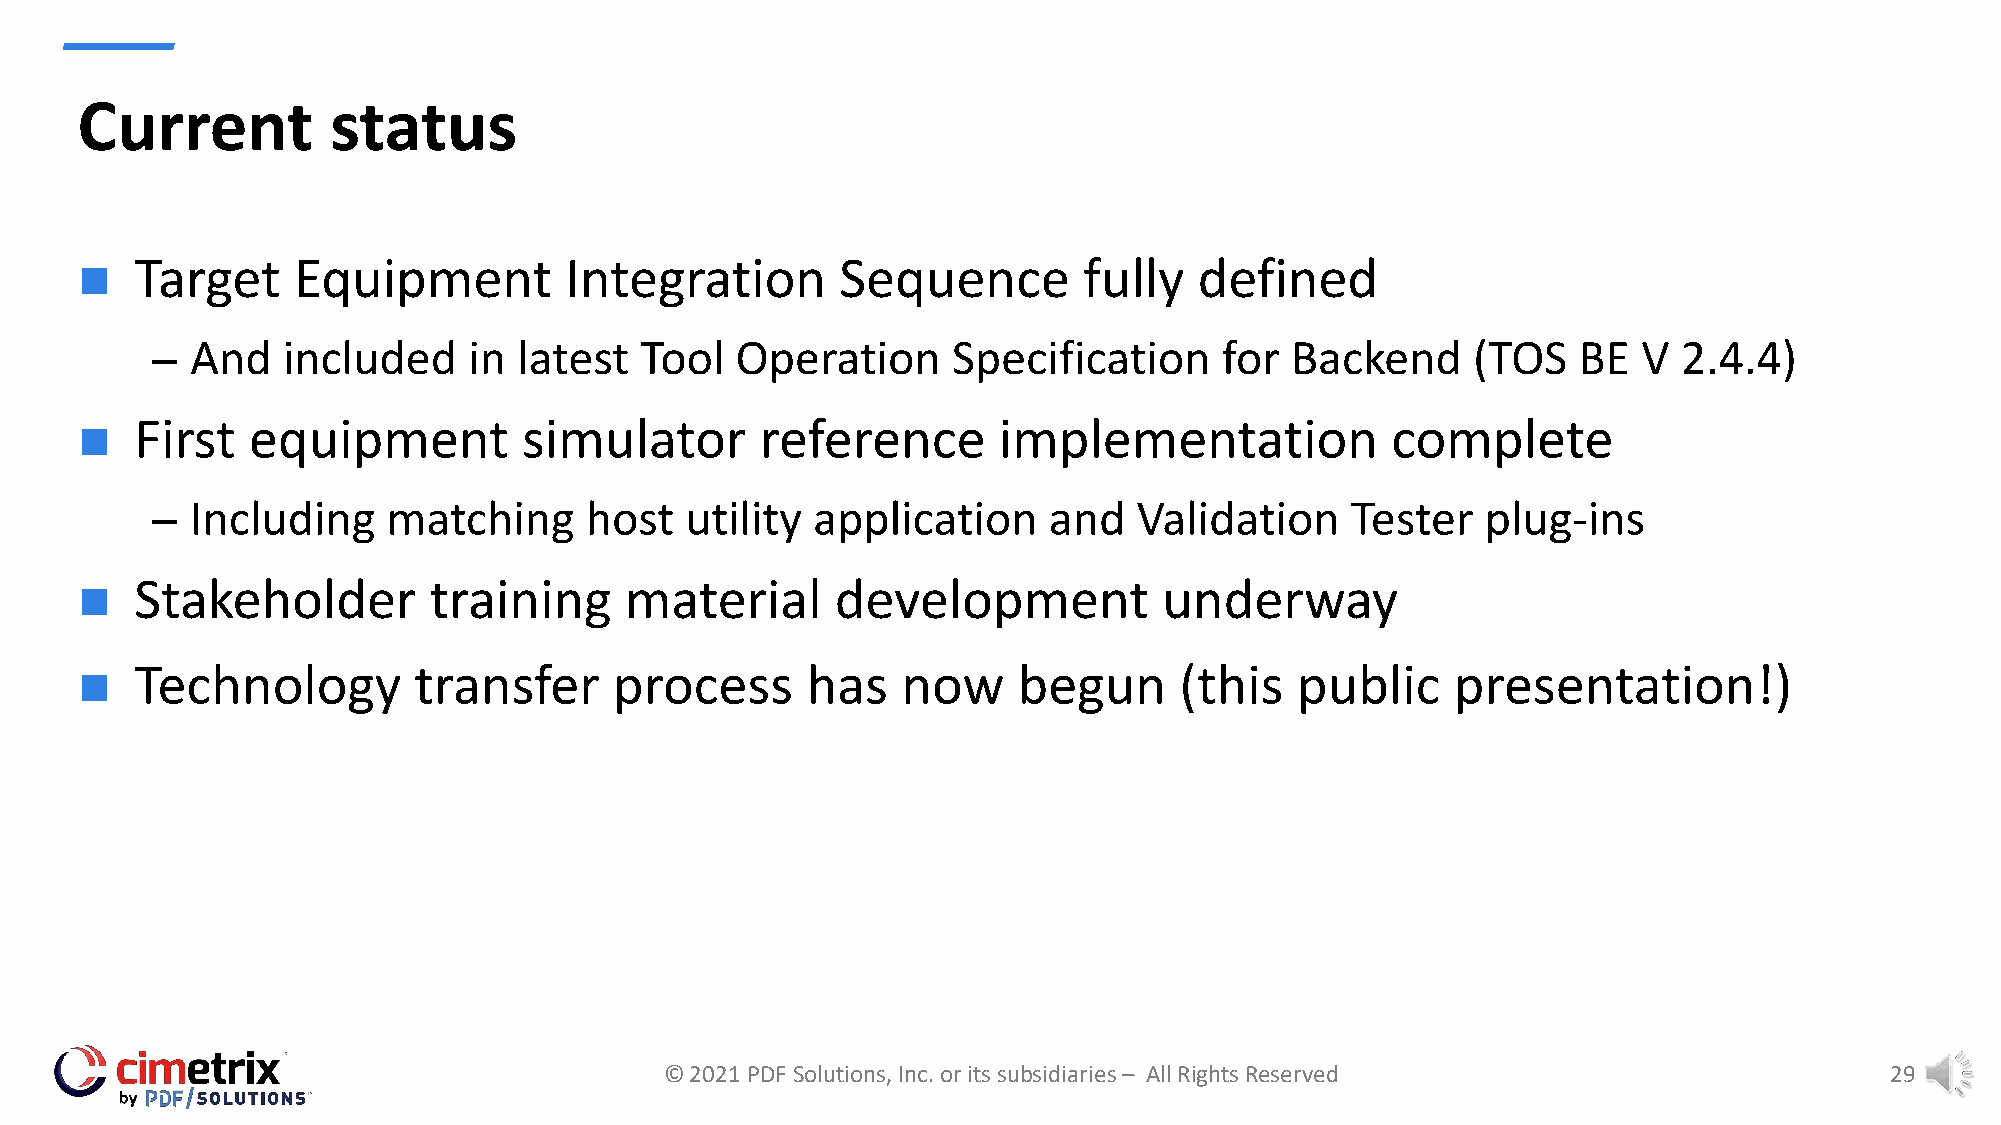
Current          status
 Target    Equipment         Integration        Sequence        fully  defined
 n
 –  And   included    in latest  Tool   Operation     Specification     for Backend     (TOS   BE   V 2.4.4)
 First  equipment          simulator      reference       implementation            complete
 n
 –  Including    matching     host  utility  application    and   Validation    Tester   plug-ins
 Stakeholder        training     material      development           underway
 n
 Technology        transfer      process     has    now    begun      (this   public    presentation!)
 n
 © 2021 PDF Solutions, Inc. or its subsidiaries – All Rights Reserved             29